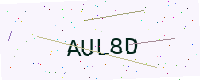
Text: AUL8D